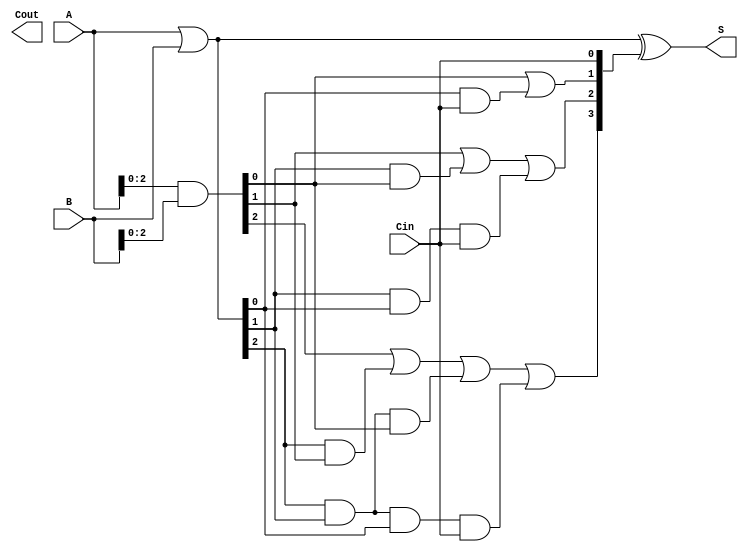
module CLA_4bit (
    input [3:0] A,      // 4-bit input A
    input [3:0] B,      // 4-bit input B
    input Cin,          // Carry input
    output [3:0] S,     // 4-bit sum output
    output Cout         // Carry output
);

    wire [3:0] G;       // Generate signals
    wire [3:0] P;       // Propagate signals
    wire [4:0] C;       // Carry signals

    // Generate and Propagate calculations
    assign G = A & B;   // Gi = Ai & Bi
    assign P = A | B;   // Pi = Ai | Bi

    // Carry calculations
    assign C[0] = Cin;  // C0 = Cin
    assign C[1] = G[0] | (P[0] & C[0]); // C1
    assign C[2] = G[1] | (P[1] & G[0]) | (P[1] & P[0] & C[0]); // C2
    assign C[3] = G[2] | (P[2] & G[1]) | (P[2] & P[1] & G[0]) | (P[2] & P[1] & P[0] & C[0]); // C3
    assign C[4] = G[3] | (P[3] & G[2]) | (P[3] & P[2] & G[1]) | (P[3] & P[2] & P[1] & G[0]) | (P[3] & P[2] & P[1] & P[0] & C[0]); // Cout

    // Sum calculations
    assign S = P ^ C[3:0]; // Si = Pi ^ Ci

endmodule